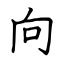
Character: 向